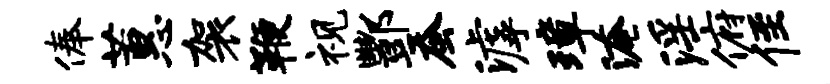
俸蕙袈鞭视酆蚕滹璋淹淫俯侄